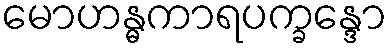
မောဟန္ဓကာရပက္ခန္ဒော